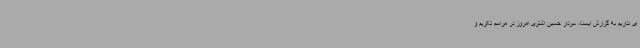
ای نداریم به گزارش ایسنا، سردار حسین اشتری امروز در مراسم تکریم و